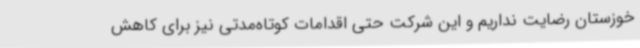
خوزستان رضایت نداریم و این شرکت حتی اقدامات کوتاه‌مدتی نیز برای کاهش